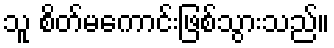
သူ စိတ်မကောင်းဖြစ်သွားသည်။